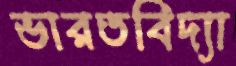
ভারতবিদ্যা